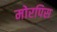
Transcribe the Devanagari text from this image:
मोरपिस